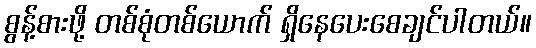
စွန့်စားဖို့ တစ်စုံတစ်ယောက် ရှိနေပေးစေချင်ပါတယ်။